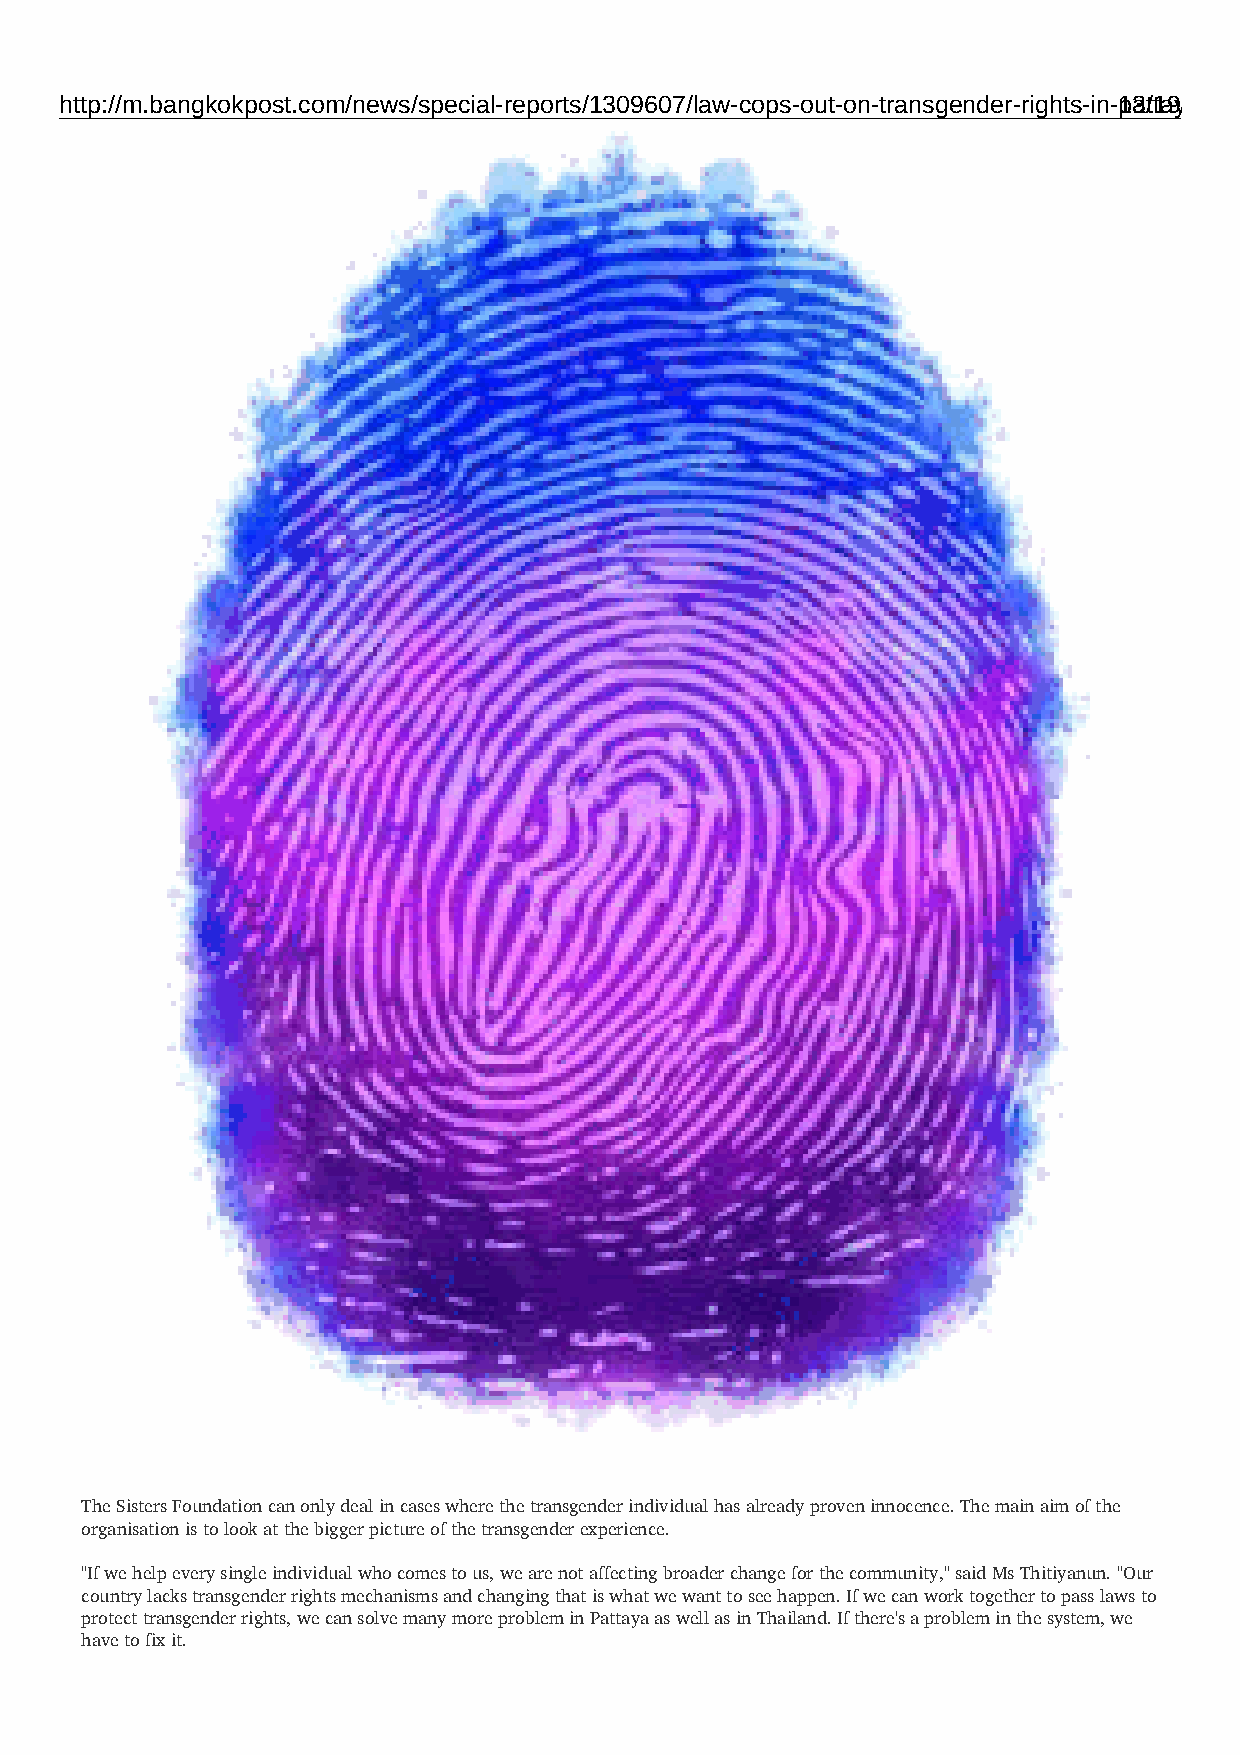
http://m.bangkokpost.com/news/special-reports/1309607/law-cops-out-on-transgender-rights-in-p1a3t/t1a9ya
 The Sisters Foundation can only deal in cases where the transgender individual has already proven innocence. The main aim of the
 organisation is to look at the bigger picture of the transgender experience.
 "If we help every single individual who comes to us, we are not affecting broader change for the community," said Ms Thitiyanun. "Our
 country lacks transgender rights mechanisms and changing that is what we want to see happen. If we can work together to pass laws to
 protect transgender rights, we can solve many more problem in Pattaya as well as in Thailand. If there's a problem in the system, we
 have to fix it.